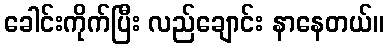
ခေါင်းကိုက်ပြီး လည်ချောင်း နာနေတယ်။